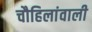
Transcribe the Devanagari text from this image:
चौहिलांवाली